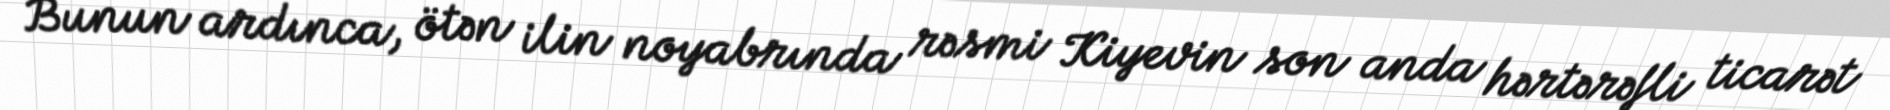
Bunun ardınca, ötən ilin noyabrında rəsmi Kiyevin son anda hərtərəfli ticarət